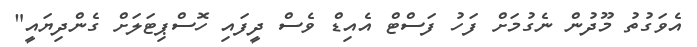
އެވަގުތު މޫދުން ނެގުމަށް ފަހު ފަސްޓް އެއިޑް ވެސް ދީފައި ހޮސްޕިޓަލަށް ގެންދިޔައީ"